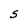
Character: S